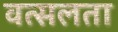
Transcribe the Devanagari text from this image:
वत्सलता